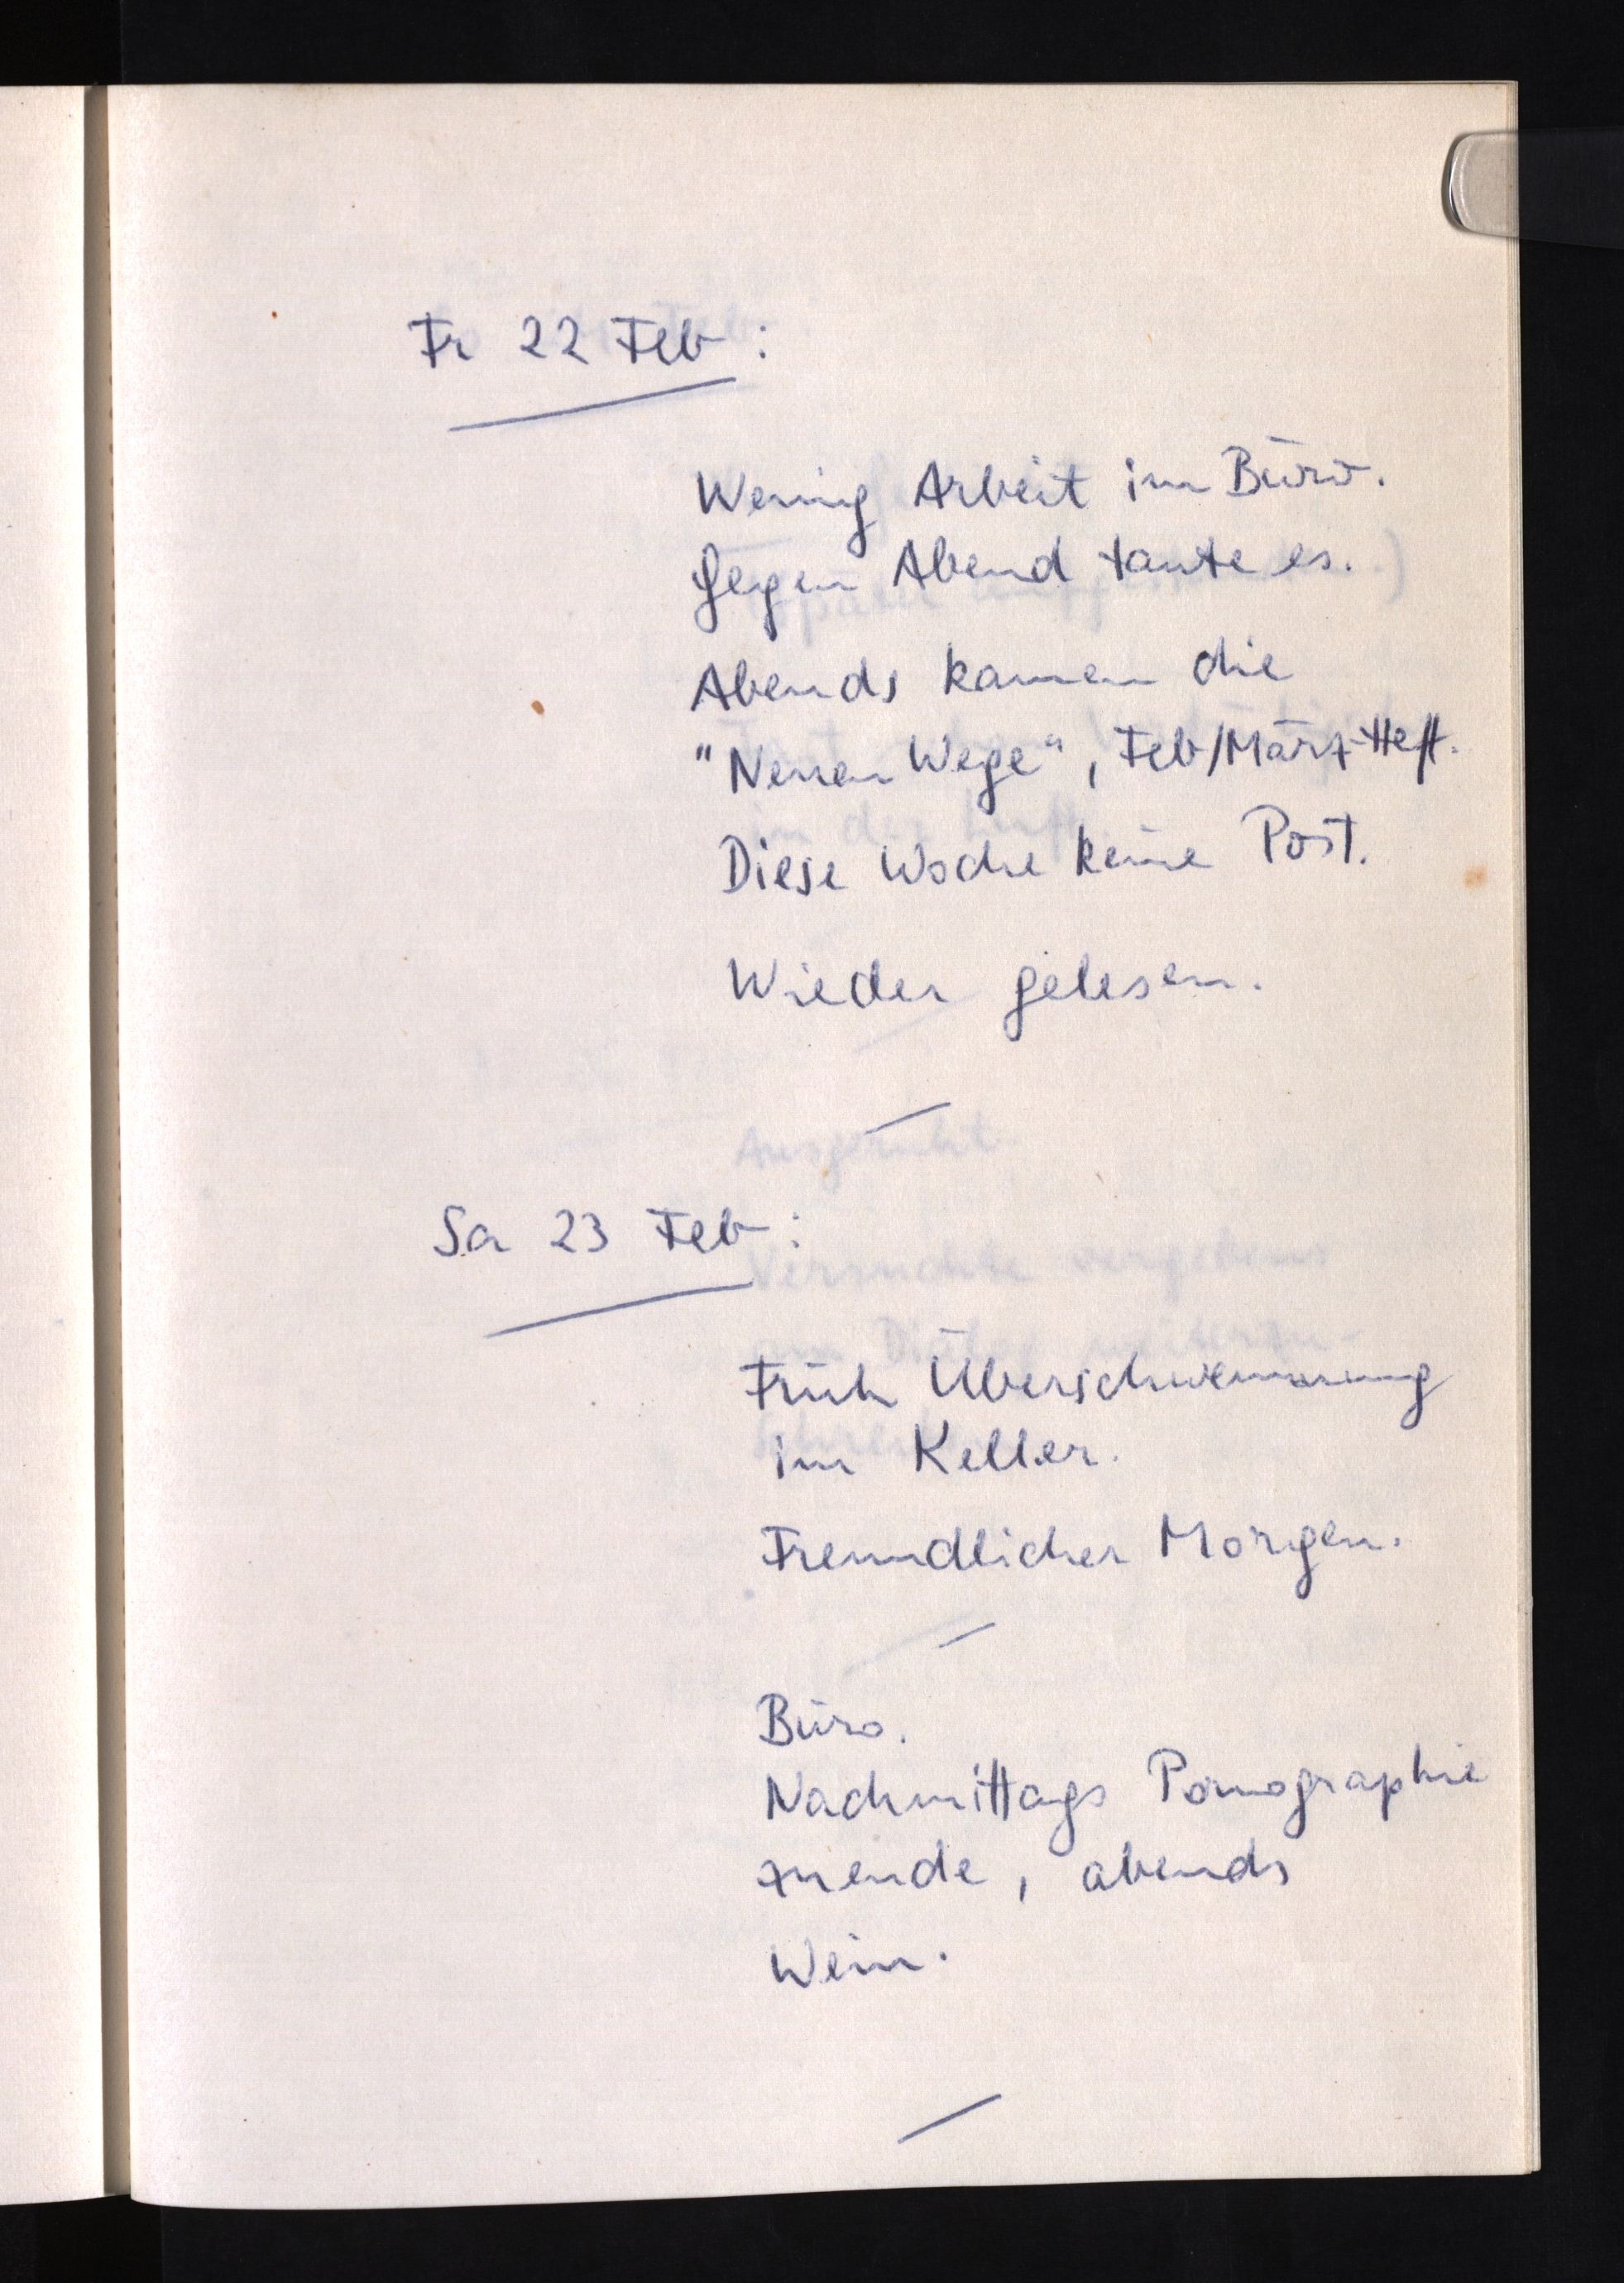
Fr 22 Feb:
Wenig Arbeit im Büro.
Gegen Abend taute es.
Abends kamen die
"Neuen Wege", Feb/März-Heft.
Diese Woche keine Post.
Wieder gelesen.
Sa 23 Feb:
Früh Überschwemmung
im Keller.
Freundlicher Morgen.
Büro.
Nachmittags Pornographie
zwende, abends
Wein.